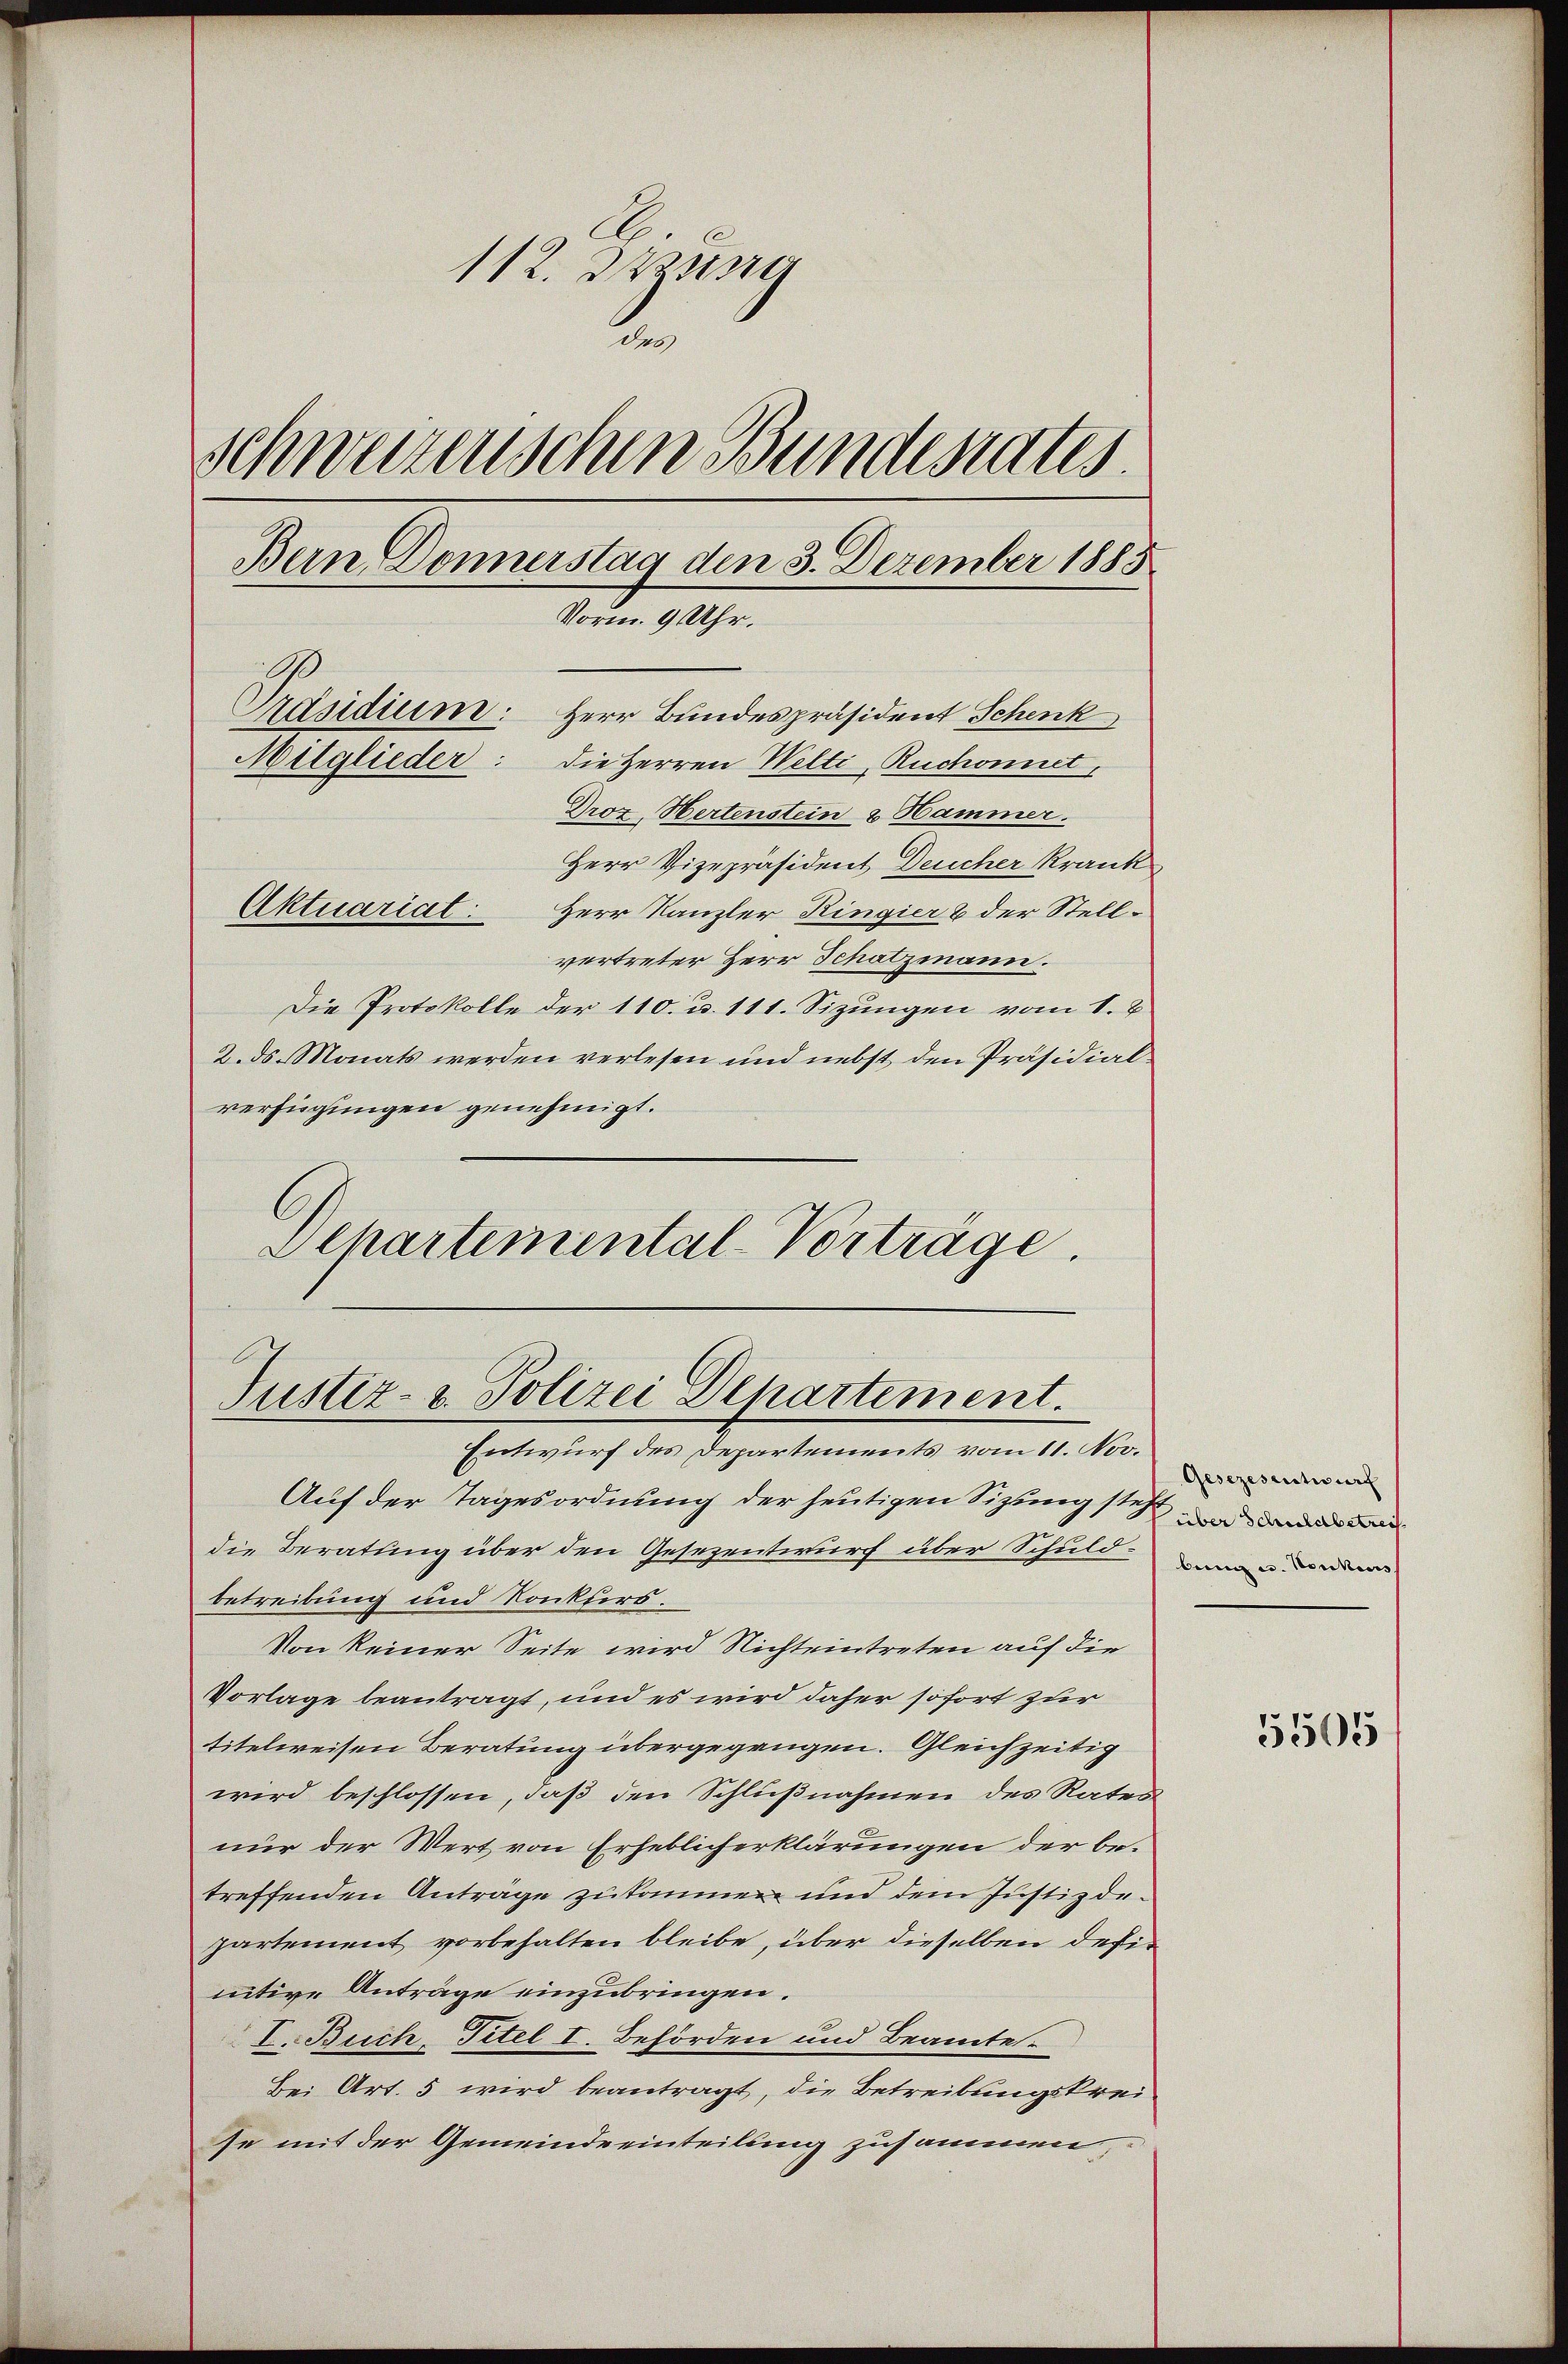
112. Dasse
2
schweizerischen Bundesrates.
Bern Donnerstag den 3. Dezember 1885
Vorm. 9 Uhr.
Präsidium: Herr Bundespräsident Schenk
Mitglieder: die Herren Welti, Ruchonnet,
Droz. Hertenstein 2 Hammer.
Herr Vizepräsident Deucher krank

Herr Kanzler Ringier & der Stellvertreter Herr Schatzmann.
Die Protokolle der 110. u. 111. Sizungen vom 1.
2. ds. Monats werden verlesen und nebst den Präsidial-
verfügungen genehmigt.
Dehartemental-Vortrage

Aktuariat:

Justiz- u. Polizei Departement.
Entwurf des Departements vom 11. Nov.

Auf der Tagesordnung der heutigen Sizung steh
die Beratung über den Gesezentwurf über Schuldbetreibung und Konkurs.
Von keiner Seite wird Nichteintreten auf die
Vorlage beantragt, und es wird daher sofort zur
titelweisen Beratung übergegengen. Gleichzeitig
wird beschlossen, daß den Schlußnahmen des Rates
nur der Wert von Erheblicherklärungen der betreffenden Antrage zukommen und dem Justizdepartement vorbehalten bleibe, über dieselben definitive Anträge einzubringen.
I. Buch, Titel I. Behörden und Beamte.
Bei Art. 5 wird beantragt, die Betreibungskrei
se mit der Gemeindeeinteilung zusammen,

Gesezesentwurf
über Schuldbetreif
bung u. Henkens

5505